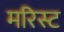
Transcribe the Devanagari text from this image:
मरिस्ट